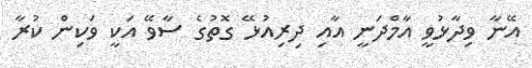
އޭނާ ވިދާޅުވީ އާމްދަނީ އާއި ދިރިއުޅޭ ގޮތުގެ ސާވޭ އަކީ ވަކިން ކުރާ